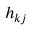
h _ { k j }